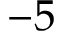
- 5